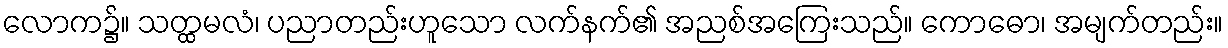
လောက၌။ သတ္ထမလံ၊ ပညာတည်းဟူသော လက်နက်၏ အညစ်အကြေးသည်။ ကောဓော၊ အမျက်တည်း။